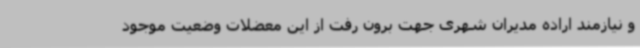
و نیازمند اراده مدیران شهری جهت برون رفت از این معضلات وضعیت موجود